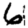
Digit: 6